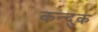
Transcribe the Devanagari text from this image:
कन्दुक